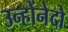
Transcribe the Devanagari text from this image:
उन्होंनेदो